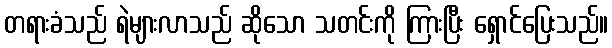
တရားခံသည် ရဲများလာသည် ဆိုသော သတင်းကို ကြားပြီး ရှောင်ပြေးသည်။